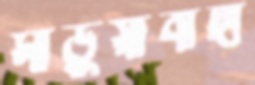
মাড়ুয়াবাদী